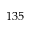
1 3 5